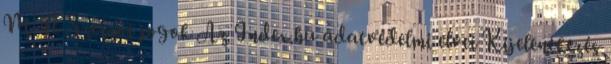
M Ft Szerzői jogok Az Index.hu adatvédelmi elvei Kijelentkezés